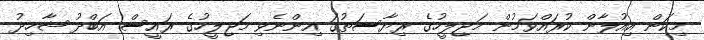
މިކަން އިއުލާން ކުރައްވަމުން މަޖިލީހުގެ ރިޔާސަތުގަ އިންނެވި މަޖިލީހުގެ ރައީސް އަބްދު ޝާހިދު